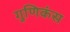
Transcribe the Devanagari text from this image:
गुणिकंस